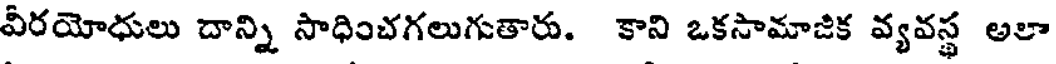
వీరయోధులు దాన్ని సాధించగలుగుతారు. కాని ఒకసామాజిక వ్యవస్థ అలా